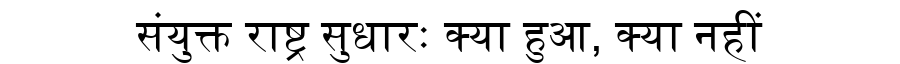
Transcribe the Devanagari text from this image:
संयुक्त राष्ट्र सुधारः क्या हुआ, क्या नहीं